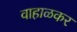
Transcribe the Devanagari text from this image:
वाहाळकर